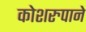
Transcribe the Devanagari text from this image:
कोशरुपाने